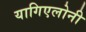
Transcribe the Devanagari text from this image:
यागिएलोनी